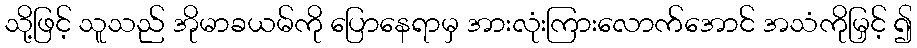
သို့ဖြင့် သူသည် အိုမာခယမ်ကို ပြောနေရာမှ အားလုံးကြားလောက်အောင် အသံကိုမြှင့် ၍